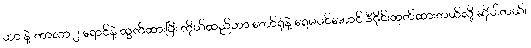
ဟာ နဲ့ ကာလာ ၂ ရောင်နဲ့ ထွက်ထားပြီး ကိုယ်ထည်ဟာ တော်ရုံနဲ့ ရေမဝင်အောင် ဒီဇိုင်းထုတ်ထားတယ်လို့ ဆိုပါတယ်။